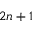
2 n + 1